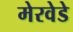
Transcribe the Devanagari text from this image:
मेरवेडे